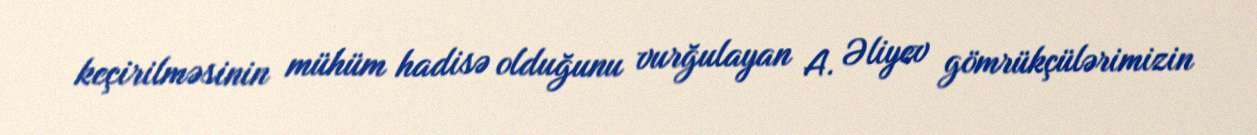
keçirilməsinin mühüm hadisə olduğunu vurğulayan A. Əliyev gömrükçülərimizin